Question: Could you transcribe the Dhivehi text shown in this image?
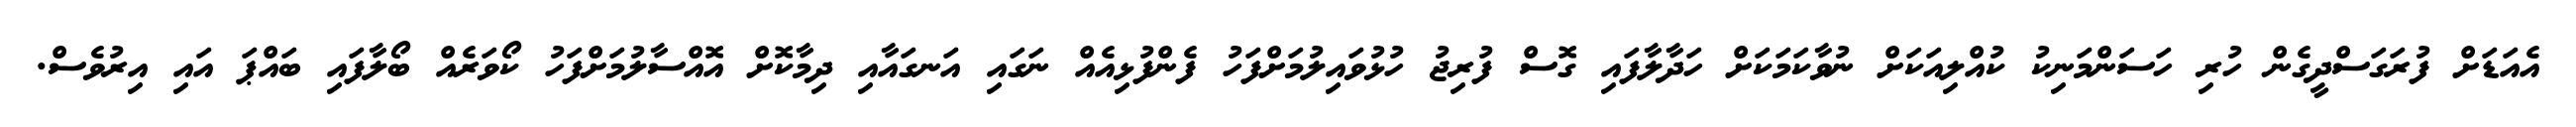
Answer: އެއަޑަށް ފުރަގަސްދީގެން ހުރި ހަސަންމަނިކު ކުއްލިއަކަށް ނުވާކަމަކަށް ހަދާލާފައި ގޮސް ފުރިޖު ހުޅުވައިލުމަށްފަހު ފެންފުޅިއެއް ނަގައި އަނގައާއި ދިމާކޮށް އޮއްސާލުމަށްފަހު ކޯވަރެއް ބޯލާފައި ބައްޕަ އައި އިރުވެސް.